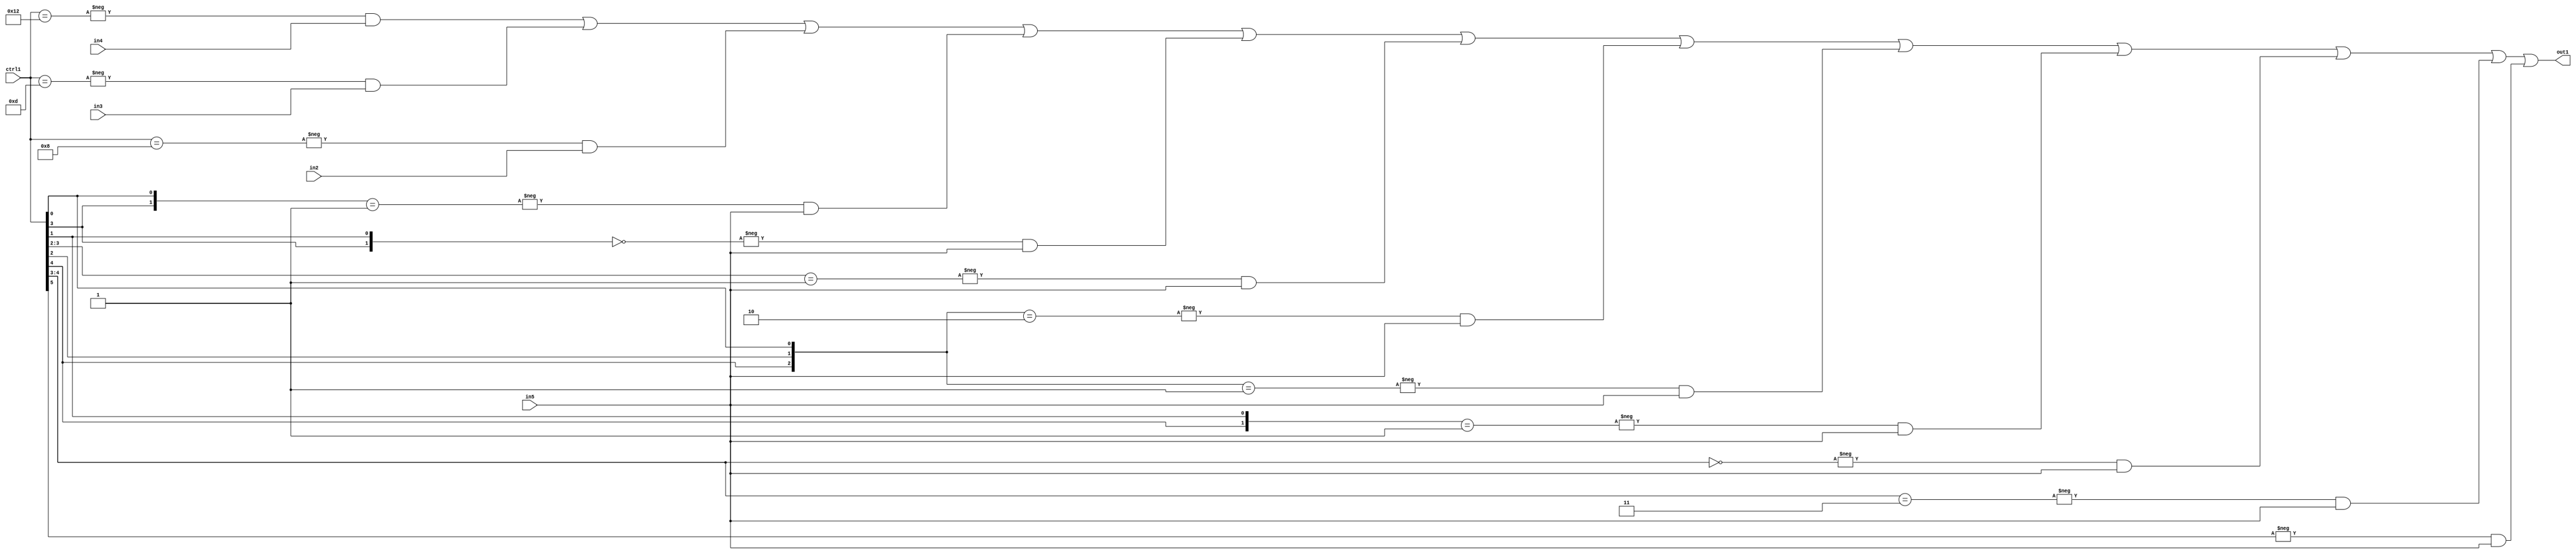
`timescale 1ps / 1ps
/*****************************************************************************
    Verilog RTL Description
    
    
    Created by: Stratus DpOpt 21.05.01 
*******************************************************************************/

module SobelFilter_N_Mux_32_4_38_1 (
	in5,
	in4,
	in3,
	in2,
	ctrl1,
	out1
	); /* architecture "behavioural" */ 
input [31:0] in5;
input [8:0] in4,
	in3,
	in2;
input [5:0] ctrl1;
output [31:0] out1;
wire [31:0] asc001;

assign asc001 = 
	-{ctrl1 == 6'B010010} & in4 |
	-{ctrl1 == 6'B001101} & in3 |
	-{ctrl1 == 6'B001000} & in2 |
	-{{ctrl1[3], ctrl1[0]} == 2'B01} & in5 |
	-{{ctrl1[3], ctrl1[1]} == 2'B00} & in5 |
	-{ctrl1[3:2] == 2'B01} & in5 |
	-{{ctrl1[4], ctrl1[2], ctrl1[0]} == 3'B010} & in5 |
	-{{ctrl1[4], ctrl1[2], ctrl1[0]} == 3'B001} & in5 |
	-{{ctrl1[4], ctrl1[1]} == 2'B01} & in5 |
	-{ctrl1[4:3] == 2'B00} & in5 |
	-{ctrl1[4:3] == 2'B11} & in5 |
	-{ctrl1[5] == 1'B1} & in5 ;

assign out1 = asc001;
endmodule

/* CADENCE  vbjyQgw= : u9/ySxbfrwZIxEzHVQQV8Q== ** DO NOT EDIT THIS LINE ******/